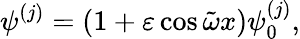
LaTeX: \psi^{(j)}=(1+\varepsilon\cos\tilde{\omega}x)\psi_{0}^{(j)},